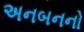
અનબનનો